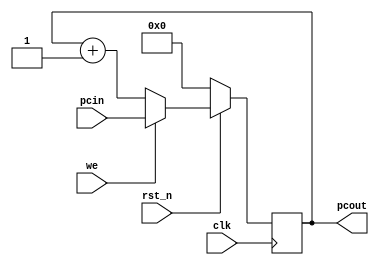
//pc.v
module pc(pcin, pcout, we, rst_n, clk);
	input wire [7:0] pcin;
	input wire we,rst_n,clk; //we=write enable
	output reg [7:0] pcout;
	always@(posedge clk) begin
		if(!rst_n) begin
			pcout<=6'b000000;
		end else begin
			if(we) begin
				pcout<=pcin;
			end else begin
				pcout<=pcout+1;
			end
		end
	end

endmodule